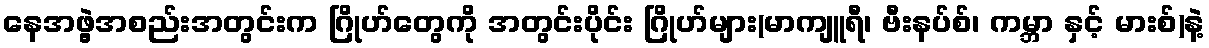
နေအဖွဲ့အစည်းအတွင်းက ဂြိုဟ်တွေကို အတွင်းပိုင်း ဂြိုဟ်များ(မာကျူရီ၊ ဗီးနပ်စ်၊ ကမ္ဘာ နှင့် မားစ်)နဲ့